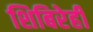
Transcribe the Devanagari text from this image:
शिबिरेही